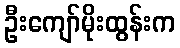
ဦးကျော်မိုးထွန်းက